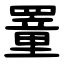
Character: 罿